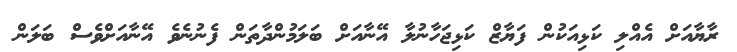
ރާޔާއަށް އެއްލި ކަޅިއަކުން ފަޔާޒް ކަޅިޖަހާނުލާ އޭނާއަށް ބަލަމުންދާތަން ފެނުނެވެ އޭނާއަށްވެސް ބަލަން